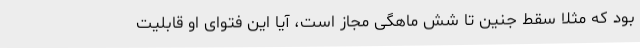
بود که مثلا سقط جنین تا شش ماهگی مجاز است، آیا این فتوای او قابلیت